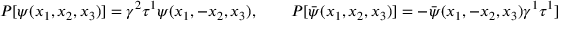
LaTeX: P [ \psi ( x _ { 1 } , x _ { 2 } , x _ { 3 } ) ] = \gamma ^ { 2 } \tau ^ { 1 } \psi ( x _ { 1 } , - x _ { 2 } , x _ { 3 } ) , \qquad P [ \bar { \psi } ( x _ { 1 } , x _ { 2 } , x _ { 3 } ) ] = - \bar { \psi } ( x _ { 1 } , - x _ { 2 } , x _ { 3 } ) \gamma ^ { 1 } \tau ^ { 1 } ] .